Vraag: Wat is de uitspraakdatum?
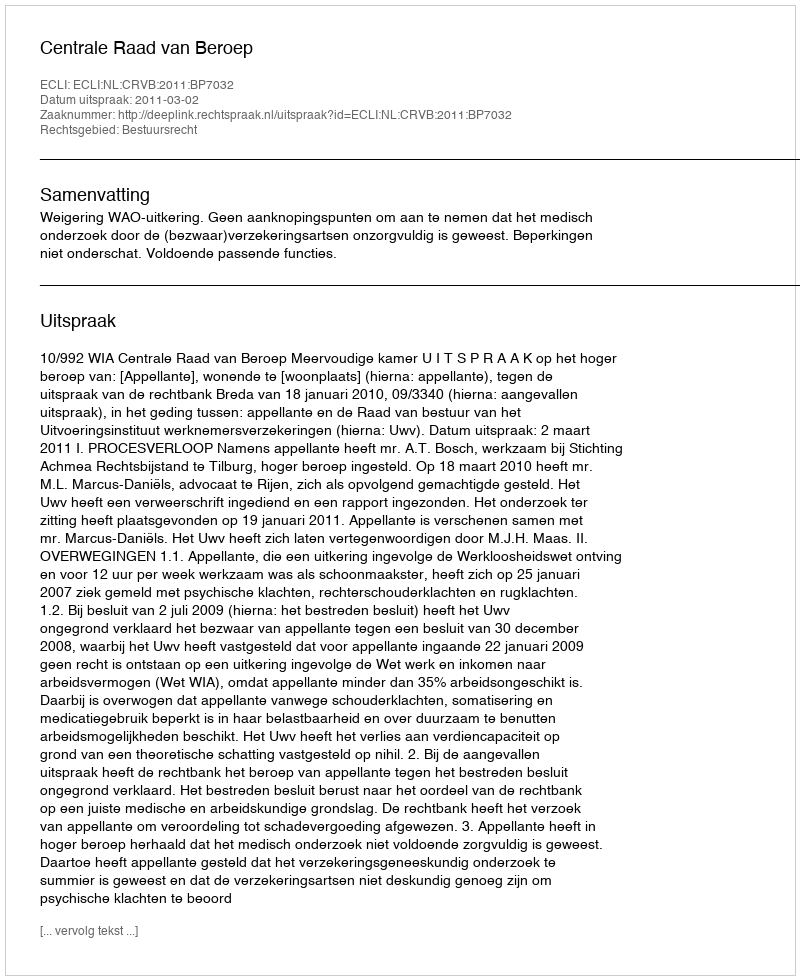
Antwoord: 2011-03-02